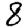
Digit: 8